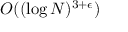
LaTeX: O ( ( \log N ) ^ { 3 + \epsilon } )